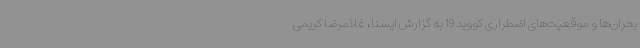
بحران‌ها و موقعیت‌های اضطراری کووید 19 به گزارش ایسنا، غلامرضا کریمی